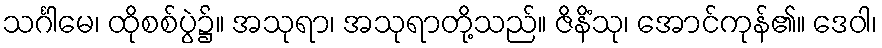
သင်္ဂါမေ၊ ထိုစစ်ပွဲ၌။ အသုရာ၊ အသုရာတို့သည်။ ဇိနိံသု၊ အောင်ကုန်၏။ ဒေဝါ၊